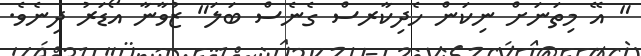
" އޭ މިތަނަށް ނިކަން ހެދިކާރސް ގެނެސް ބަލަ" ޒުވާނާ އޯޑަރު ދިނެވެ.